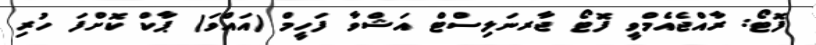
ފޮޓޯ: ރާއްޖެއެމްވީ ފޮޓޯ ޖާރނަލިސްޓް އަޝްވާ ފަހީމް (އައްވަ) ޕާކް ކޮށްފަ ހުރި